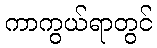
ကာကွယ်ရာတွင်